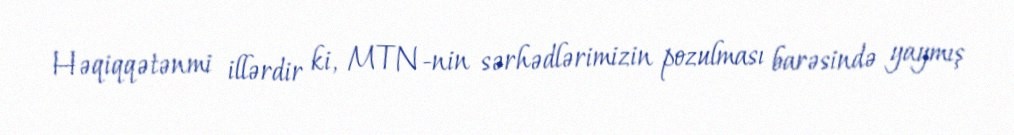
Həqiqqətənmi illərdir ki, MTN-nin sərhədlərimizin pozulması barəsində yaymış